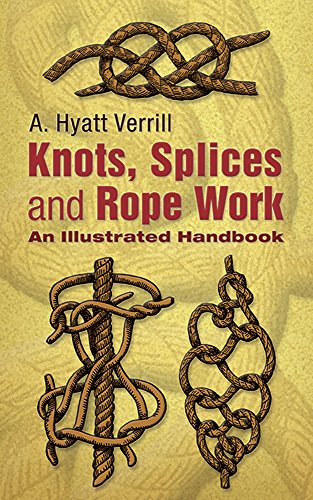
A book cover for Knots, Splices and Rope-Work: An Illustrated Handbook; A. Hyatt Verrill; Crafts, Hobbies & Home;